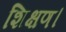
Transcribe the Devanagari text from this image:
शिक्षण।